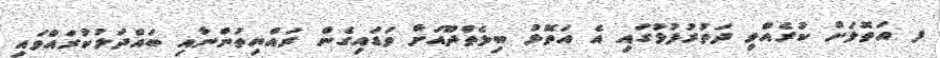
ފ އަތޮޅަށް ކުރެއްވި ދަތުރުފުޅުގައި އެ އަތޮޅު ބިލެތްދޫއަށް ވަޑައިގެން ރައްޔިތުންނާއި ބައްދަލުކުރައްވައި